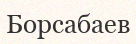
Борсабаев